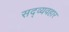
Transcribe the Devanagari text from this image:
सद्‍व्यवहार